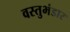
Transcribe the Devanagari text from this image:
वस्तुभंडार